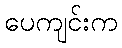
ပေကျင်းက